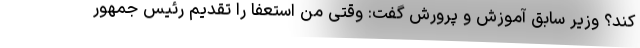
کند؟ وزیر سابق آموزش و پرورش گفت: وقتی من استعفا را تقدیم رئیس جمهور